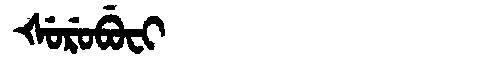
Manchu: ᡧᡠᡵᡠᠪᡠᠸᡳ
Romanization: ŠURUBUFI